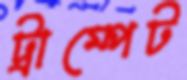
ট্রাম্পেট